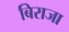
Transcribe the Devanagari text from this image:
बिराजा